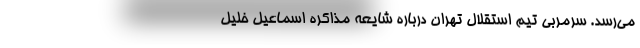
می‌رسد. سرمربی تیم استقلال تهران درباره شایعه مذاکره اسماعیل خلیل